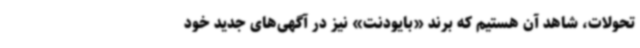
تحولات، شاهد آن هستیم که برند «بایودنت» نیز در آگهی‌های جدید خود